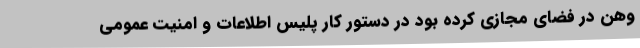
وهن در فضای مجازی کرده بود در دستور کار پلیس اطلاعات و امنیت عمومی